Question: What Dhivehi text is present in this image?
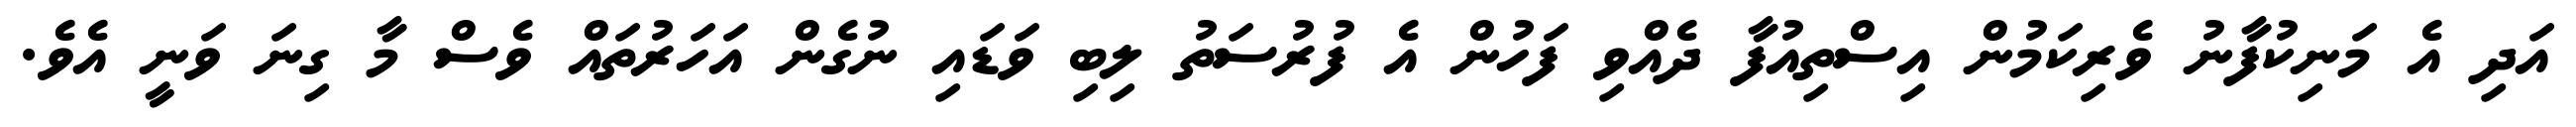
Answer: އަދި އެ މަނިކުފާނު ވެރިކަމުން އިސްތިއުފާ ދެއްވި ފަހުން އެ ފުރުސަތު ލިބި ވަޑައި ނުގެން އަހަރުތައް ވެސް މާ ގިނަ ވަނީ އެވެ.